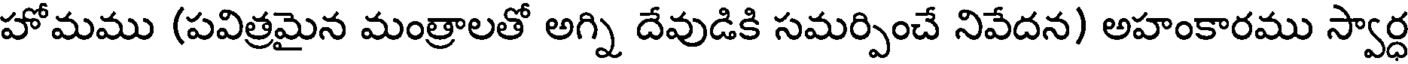
హోమము (పవిత్రమైన మంత్రాలతో అగ్ని దేవుడికి సమర్పించే నివేదన) అహంకారము స్వార్ధ